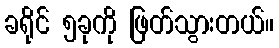
ခရိုင် ၅ခုကို ဖြတ်သွားတယ်။